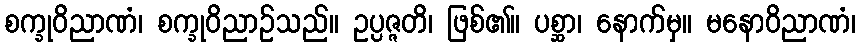
စက္ခုဝိညာဏံ၊ စက္ခုဝိညာဉ်သည်။ ဥပ္ပဇ္ဇတိ၊ ဖြစ်၏။ ပစ္ဆာ၊ နောက်မှ။ မနောဝိညာဏံ၊